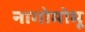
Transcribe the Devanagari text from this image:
नागोमोमू